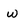
Character: w